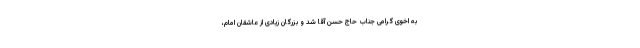
به اخوی گرامی جناب حاج حسن آقا شد و بزرگان زیادی از عاشقان امام،